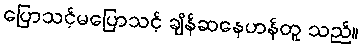
ပြောသင့်မပြောသင့် ချိန်ဆနေဟန်တူ သည်။